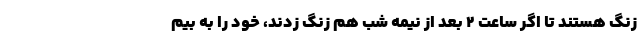
زنگ هستند تا اگر ساعت 2 بعد از نیمه شب هم زنگ زدند، خود را به بیم